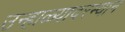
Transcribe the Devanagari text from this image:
उन्हाळ्यादरम्यान